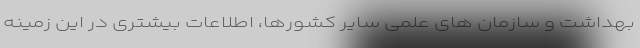
بهداشت و سازمان های علمی سایر کشورها، اطلاعات بیشتری در این زمینه